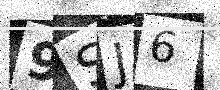
Text: 9SJ6